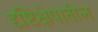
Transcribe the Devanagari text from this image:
दृष्टिक्षेपातील